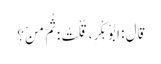
قَالَ : ابُوْ بَکْرٍ، قُلْتُ : ثُمَّ مَنْ؟